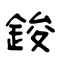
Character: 鋑